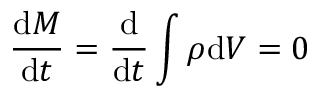
{ \frac { { \mathrm { d } } M } { { \mathrm { d } } t } } = { \frac { \mathrm { d } } { { \mathrm { d } } t } } \int \rho { \mathrm { d } } V = 0